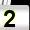
Digit: 2